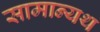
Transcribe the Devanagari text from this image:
सामान्यथ